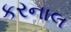
કરનાલ